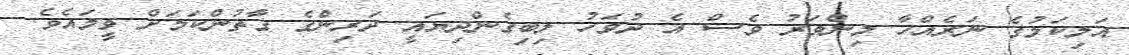
އަލިކަމުގެ ނަރެއްހާ މިންވަރު ވެސް އެ ދުވަހު ލިބިގެންދިޔައީ ދަރިންގެ ގާތުންކަމަށް ވީމައެވެ.